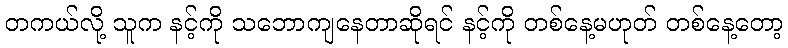
တကယ်လို့ သူက နင့်ကို သဘောကျနေတာဆိုရင် နင့်ကို တစ်နေ့မဟုတ် တစ်နေ့တော့